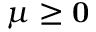
{ \boldsymbol { \mu } } \geq \mathbf { 0 }